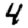
Digit: 4